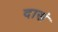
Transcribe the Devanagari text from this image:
दासं